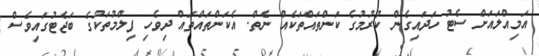
އަމިއްލައަށް ސެޓު ހަދައިގެން ކުރުމުގެ ކަންތައްތަކެއް ނެތް. އެކަންތައްތައް ދިވެހި ފިލްމުތަކުގެ ބަޖެޓުގައިވެސް